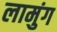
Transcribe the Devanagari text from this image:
लामुंग